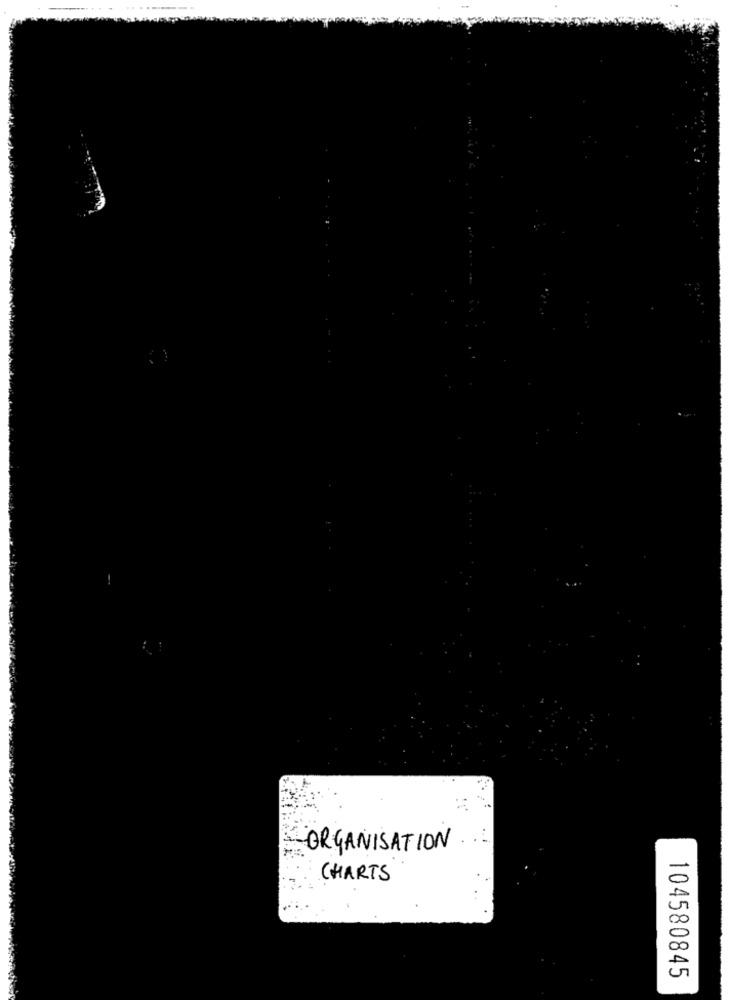
ORGANISATION
CHARTS
104580845